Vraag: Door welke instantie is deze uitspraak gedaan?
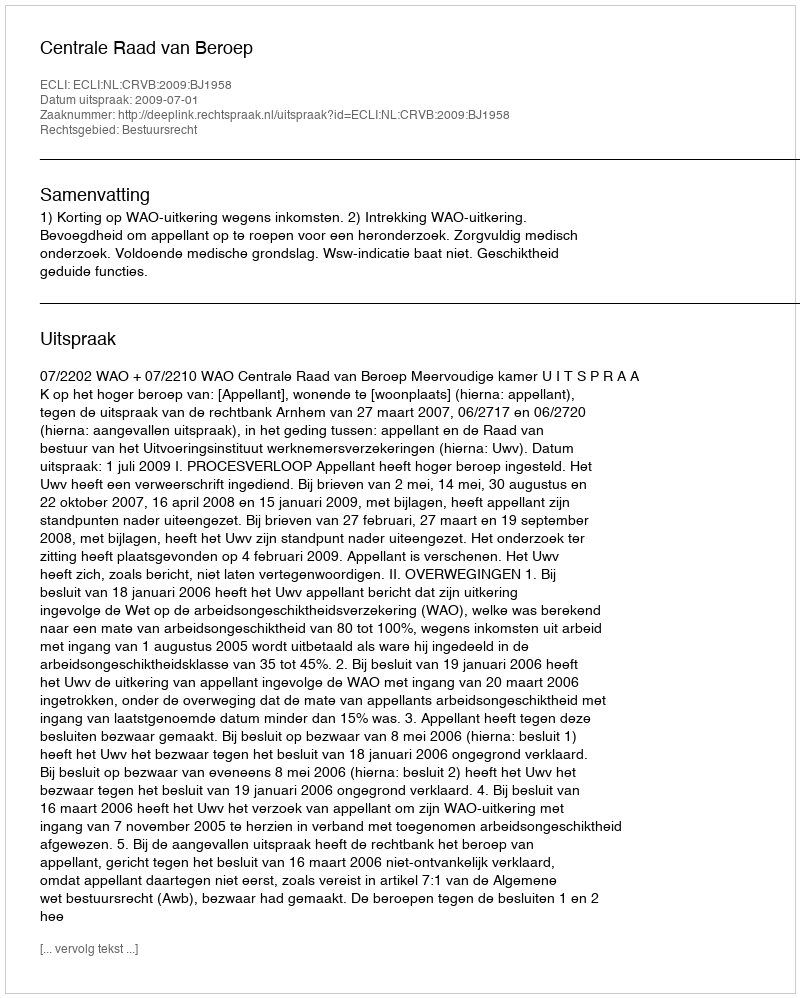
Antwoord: Centrale Raad van Beroep